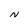
Character: N